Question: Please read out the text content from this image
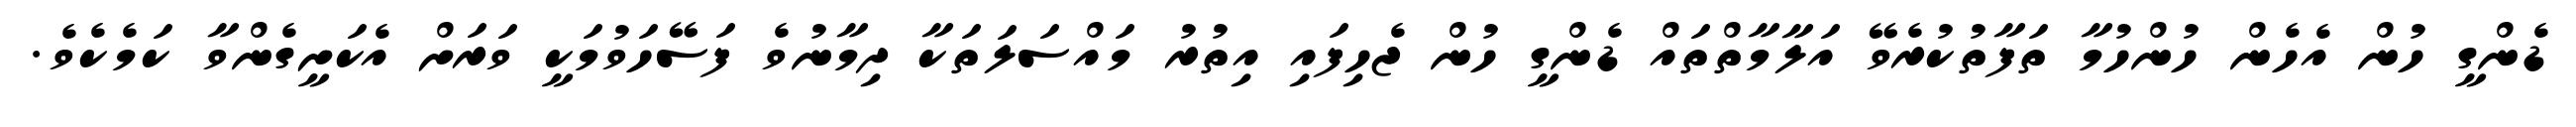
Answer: ޑެންގީ ހުން އެހެން ހުންހުމާ ތަފާތުކުރެވޭ އަލާމާތްތައް ޑެންގީ ހުން ޖެހިފައި އިތުރު މައްސަލަތަކާ ދިމާނުވެ ފަސޭހަވުމަކީ ވަރަށް އެކަށީގެންވާ ކަމެކެވެ.